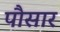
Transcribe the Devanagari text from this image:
पौसार